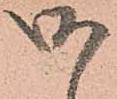
御